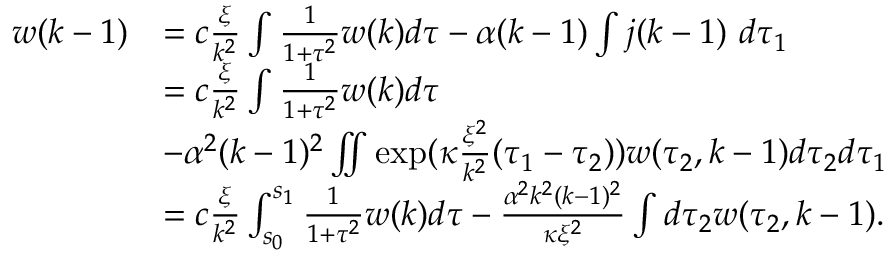
\begin{array} { r l } { w ( k - 1 ) } & { = c \frac \xi { k ^ { 2 } } \int \frac 1 { 1 + \tau ^ { 2 } } w ( k ) d \tau - \alpha ( k - 1 ) \int j ( k - 1 ) \ d \tau _ { 1 } } \\ & { = c \frac \xi { k ^ { 2 } } \int \frac 1 { 1 + \tau ^ { 2 } } w ( k ) d \tau } \\ & { - \alpha ^ { 2 } ( k - 1 ) ^ { 2 } \iint \exp ( \kappa \frac { \xi ^ { 2 } } { k ^ { 2 } } ( \tau _ { 1 } - \tau _ { 2 } ) ) w ( \tau _ { 2 } , k - 1 ) d \tau _ { 2 } d \tau _ { 1 } } \\ & { = c \frac \xi { k ^ { 2 } } \int _ { s _ { 0 } } ^ { s _ { 1 } } \frac 1 { 1 + \tau ^ { 2 } } w ( k ) d \tau - \frac { \alpha ^ { 2 } k ^ { 2 } ( k - 1 ) ^ { 2 } } { \kappa \xi ^ { 2 } } \int d \tau _ { 2 } w ( \tau _ { 2 } , k - 1 ) . } \end{array}